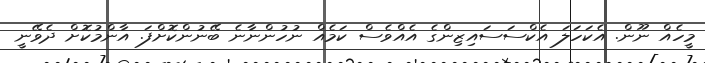
މީހެއް ނޫން. އެކަހަލަ އެކްސަސައިޒިންގެ އެއްވެސް ކަމެއް ނުހުންނާނެ ބޭނުންކޮށްފަ. އާންމުކޮށް ދެވޭނީ